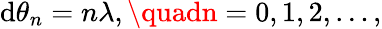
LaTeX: \mathrm{d}\theta_{n}=n\lambda,\quadn=0,1,2,\ldots,